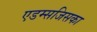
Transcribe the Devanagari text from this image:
एडम्सजिसका